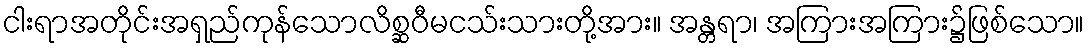
ငါးရာအတိုင်းအရှည်ကုန်သောလိစ္ဆဝီမငသ်းသားတို့အား။ အန္တရာ၊ အကြားအကြား၌ဖြစ်သော။